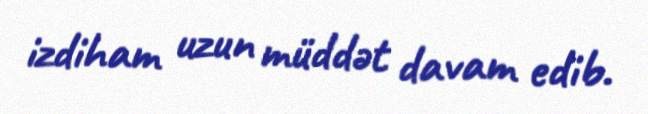
izdiham uzun müddət davam edib.